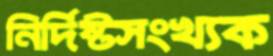
নির্দিষ্টসংখ্যক